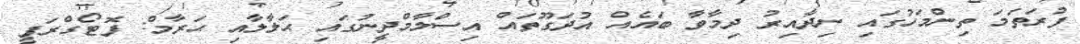
ފުރަތަމަ ތިންމަހުގައި ނިދާއިރު ދިމާވާ ބައެއް އުދަގޫތައް އިސްލާމްދީނުގައި ޙަލާލާއި ޙަރާމް: ފޮޓޯގްރަފީ